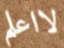
لااعلم